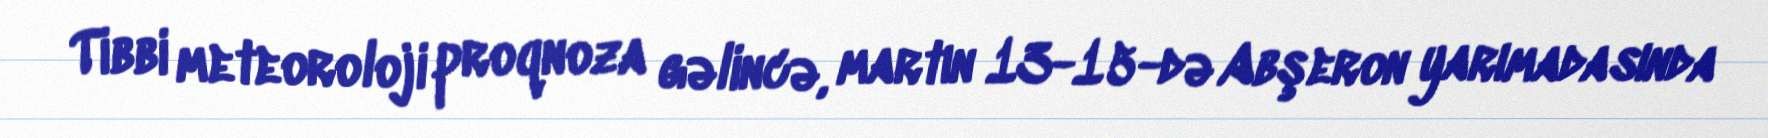
Tibbi meteoroloji proqnoza gəlincə, martın 13-15-də Abşeron yarımadasında